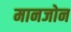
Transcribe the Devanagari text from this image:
मानजोन